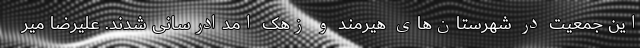
این جمعیت در شهرستان‌های هیرمند و زهک امدادرسانی شدند. علیرضا میر